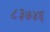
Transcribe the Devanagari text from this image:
८३७४६